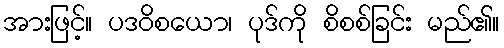
အားဖြင့်။ ပဒဝိစယော၊ ပုဒ်ကို စိစစ်ခြင်း မည်၏။